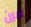
مرن